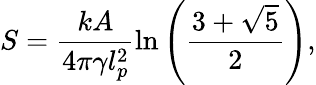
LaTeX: S=\frac{kA}{4\pi\gamma l_{p}^{2}}\ln\left(\frac{3+\sqrt{5}}{2}\right),